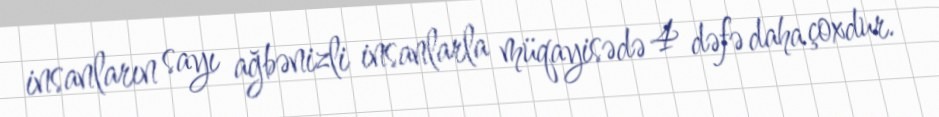
insanların sayı ağbənizli insanlarla müqayisədə 4 dəfə daha çoxdur.